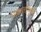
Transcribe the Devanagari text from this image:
वक्रतायुक्त